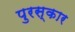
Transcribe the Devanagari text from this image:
पुरस्कार